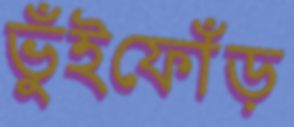
ভুঁইফোঁড়